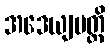
အဒေယျမတ္ထိ